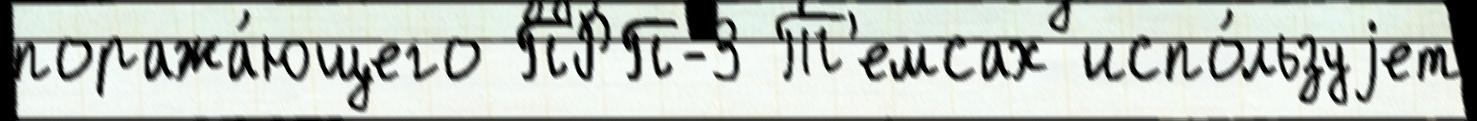
поража́ющего ПРП-3 Т'емсах испо́льзуjет